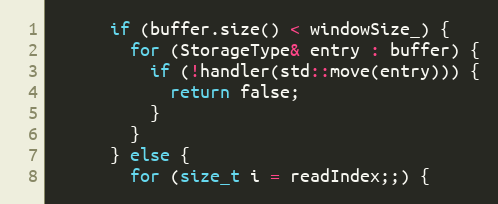
Language: C
      if (buffer.size() < windowSize_) {
        for (StorageType& entry : buffer) {
          if (!handler(std::move(entry))) {
            return false;
          }
        }
      } else {
        for (size_t i = readIndex;;) {